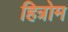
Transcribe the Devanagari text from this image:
हित्रोम